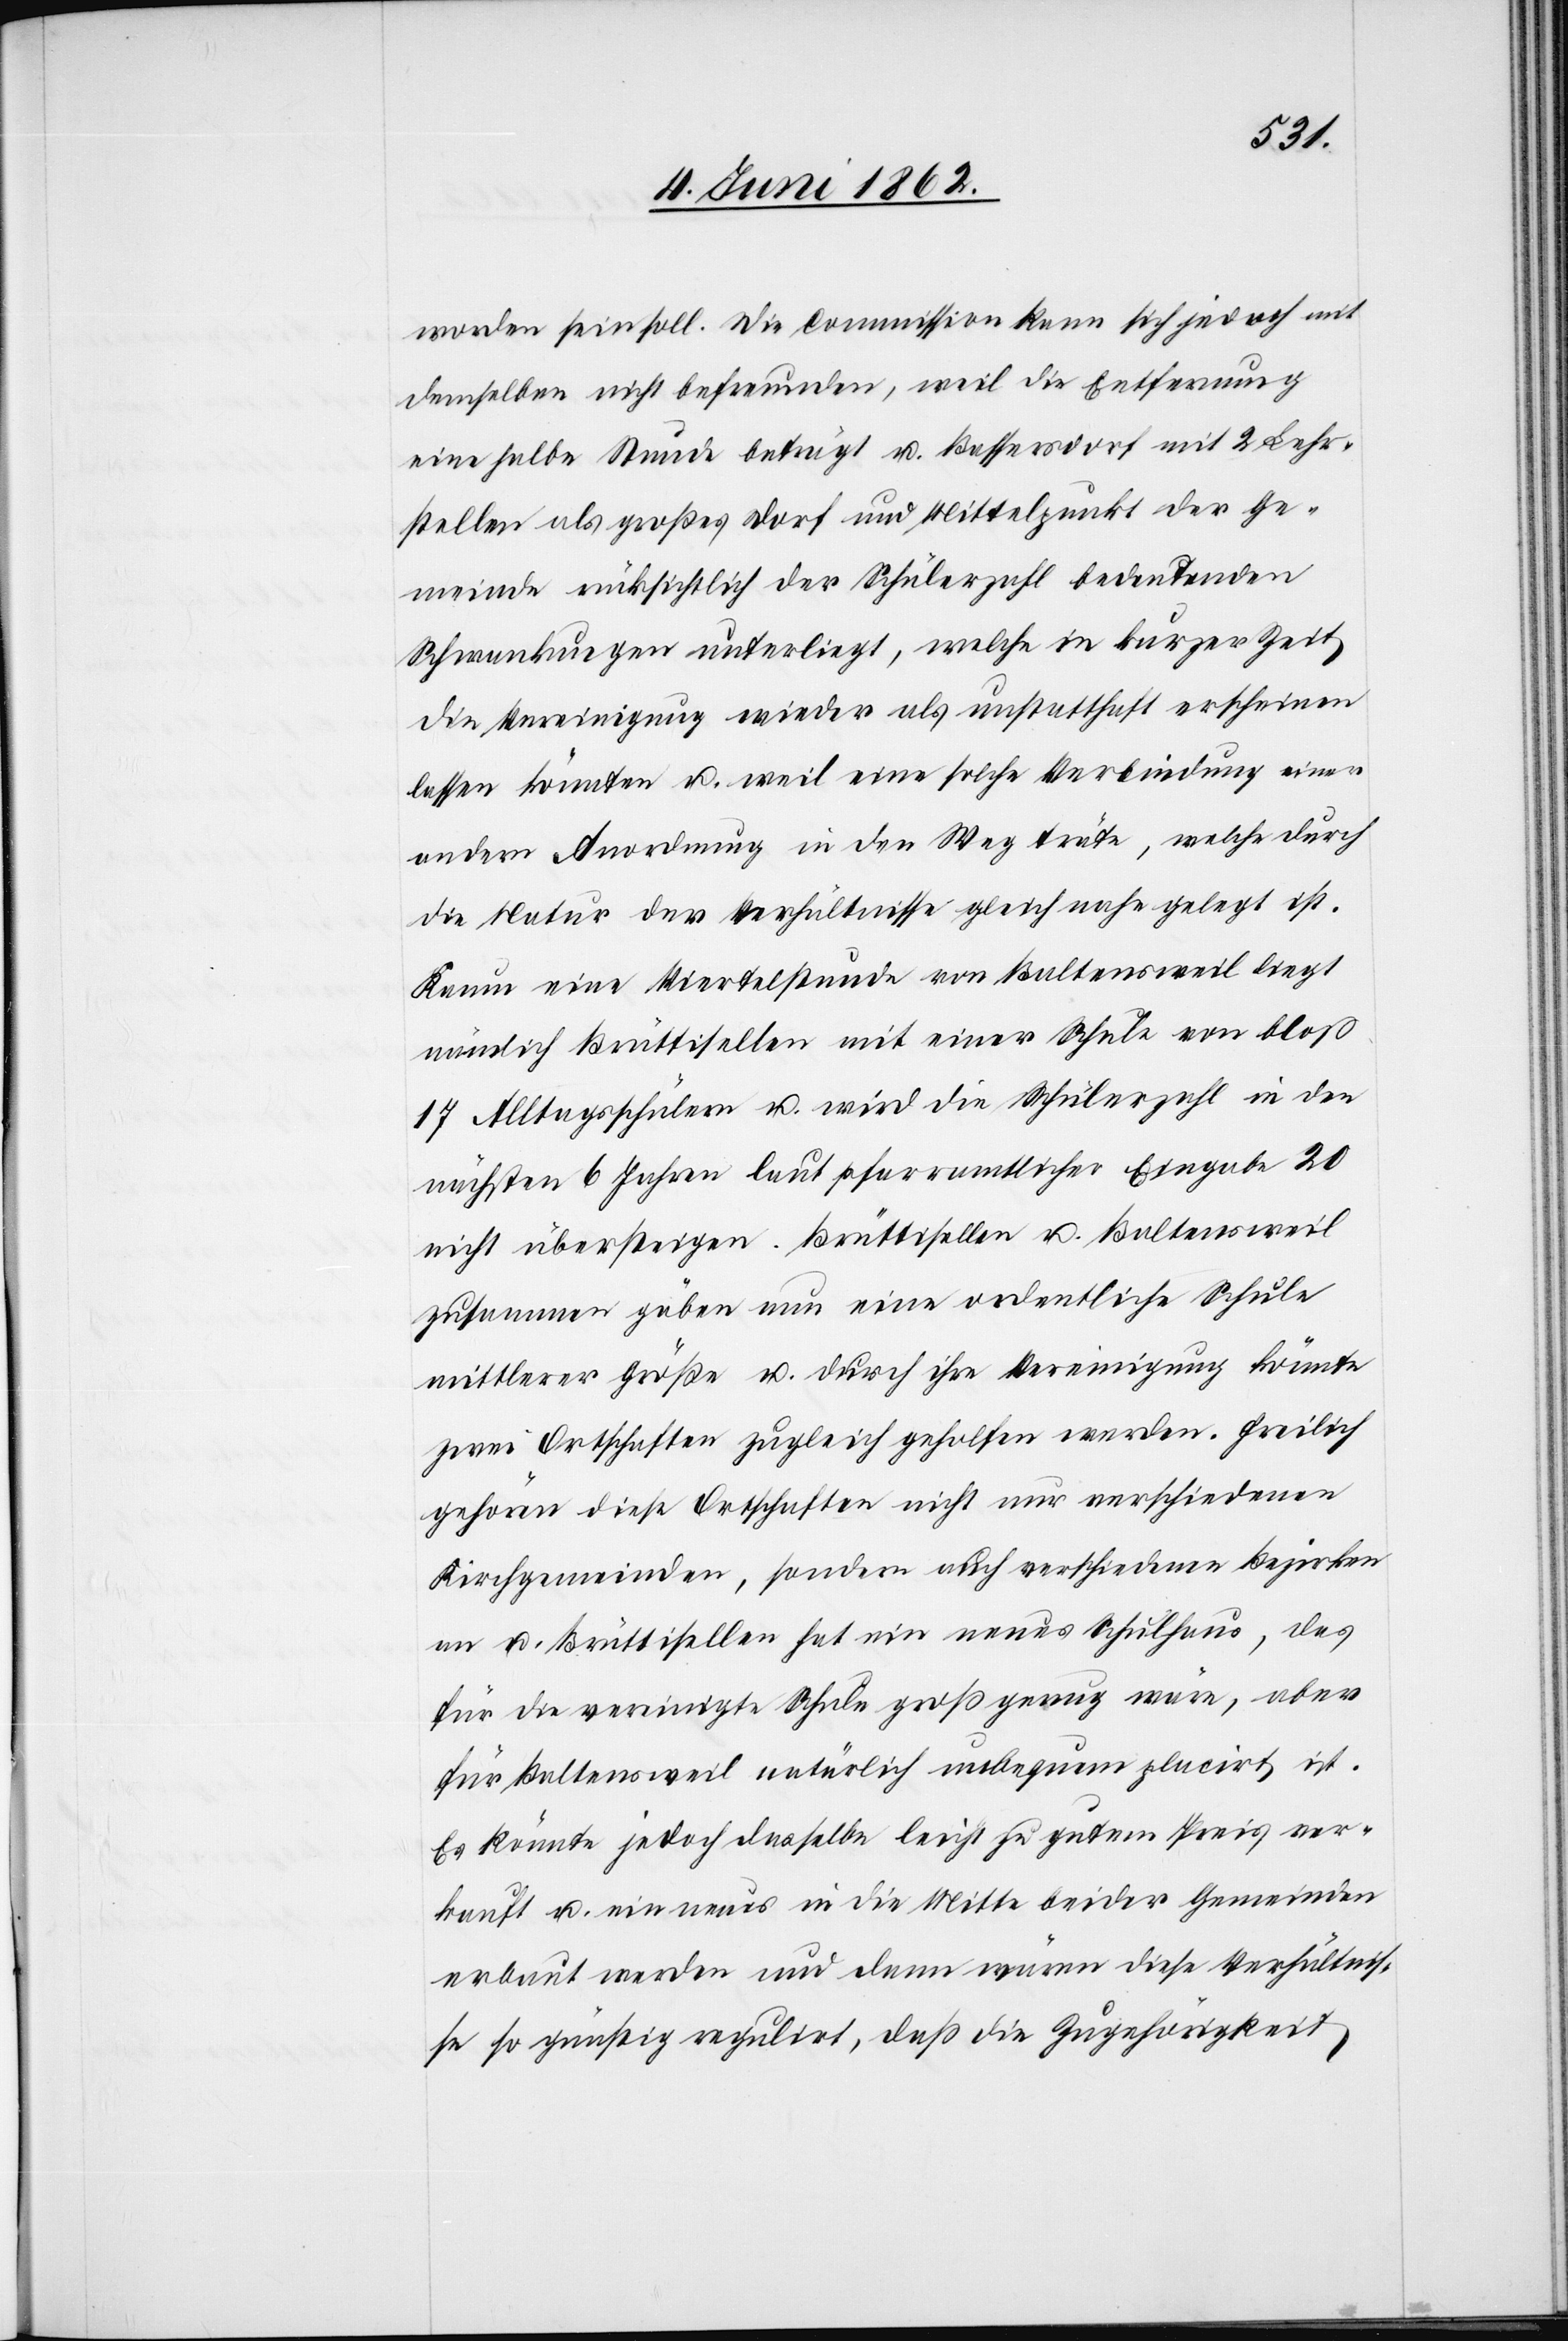
worden sein soll. Die Commission kann sich jedoch mit
demselben nicht befreunden, weil die Entfernung
eine halbe Stunde beträgt u. Bassersdorf mit 2 Lehr¬
stellen als großes Dorf und Mittelpunkt der Ge¬
meinde rücksichtlich der Schülerzahl bedeutenden
Schwankungen unterliegt, welche in kurzer Zeit
die Vereinigung wieder als unstatthaft erscheinen
lassen könnten u. weil eine solche Verbindung einer
andern Anordnung in den Weg träte, welche durch
die Natur der Verhältnisse gleich nahe gelegt ist.
Kaum eine Viertelstunde von Baltensweil liegt
nämlich Brüttisellen mit einer Schule von bloß
17 Alltagsschülern u. wird die Schülerzahl in den
nächsten 6 Jahren laut pfarramtlicher Eingabe 20
nicht übersteigen. Brüttisellen u. Baltensweil
zusammen gäben nun eine ordentliche Schule
mittlerer Größe u. durch ihre Vereinigung könnte
zwei Ortschaften zugleich geholfen werden. Freilich
gehören diese Ortschaften nicht nur verschiedenen
Kirchgemeinden, sondern auch verschiedenen Bezirken
an u. Brüttisellen hat ein neues Schulhaus, das
für die vereinigte Schule groß genug wäre, aber
für Baltensweil natürlich unbequem placirt ist.
Es könnte jedoch dasselbe leicht zu gutem Preis ver¬
kauft u. ein neues in die Mitte beider Gemeinden
erbaut werden und dann wären diese Verhältnis¬
se so günstig regulirt, daß die Zugehörigkeit